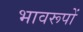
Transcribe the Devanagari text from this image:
भावरूपों